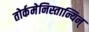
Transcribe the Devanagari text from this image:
तोर्कमेनिस्तान्यिन्